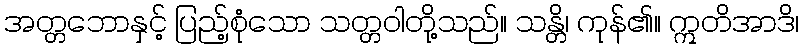
အတ္တဘောနှင့် ပြည့်စုံသော သတ္တဝါတို့သည်။ သန္တိ၊ ကုန်၏။ ဣတိအာဒိ၊